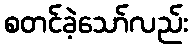
စတင်ခဲ့သော်လည်း